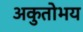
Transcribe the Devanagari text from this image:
अकुतोभय